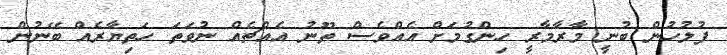
ފުލުހުން ބުނީ މާރާމާރީ ހިންގުމަށް އެއްވެސް ތޫނު އެއްޗެއް ނުވަތަ ހަތިޔާރެއް ބޭނުން